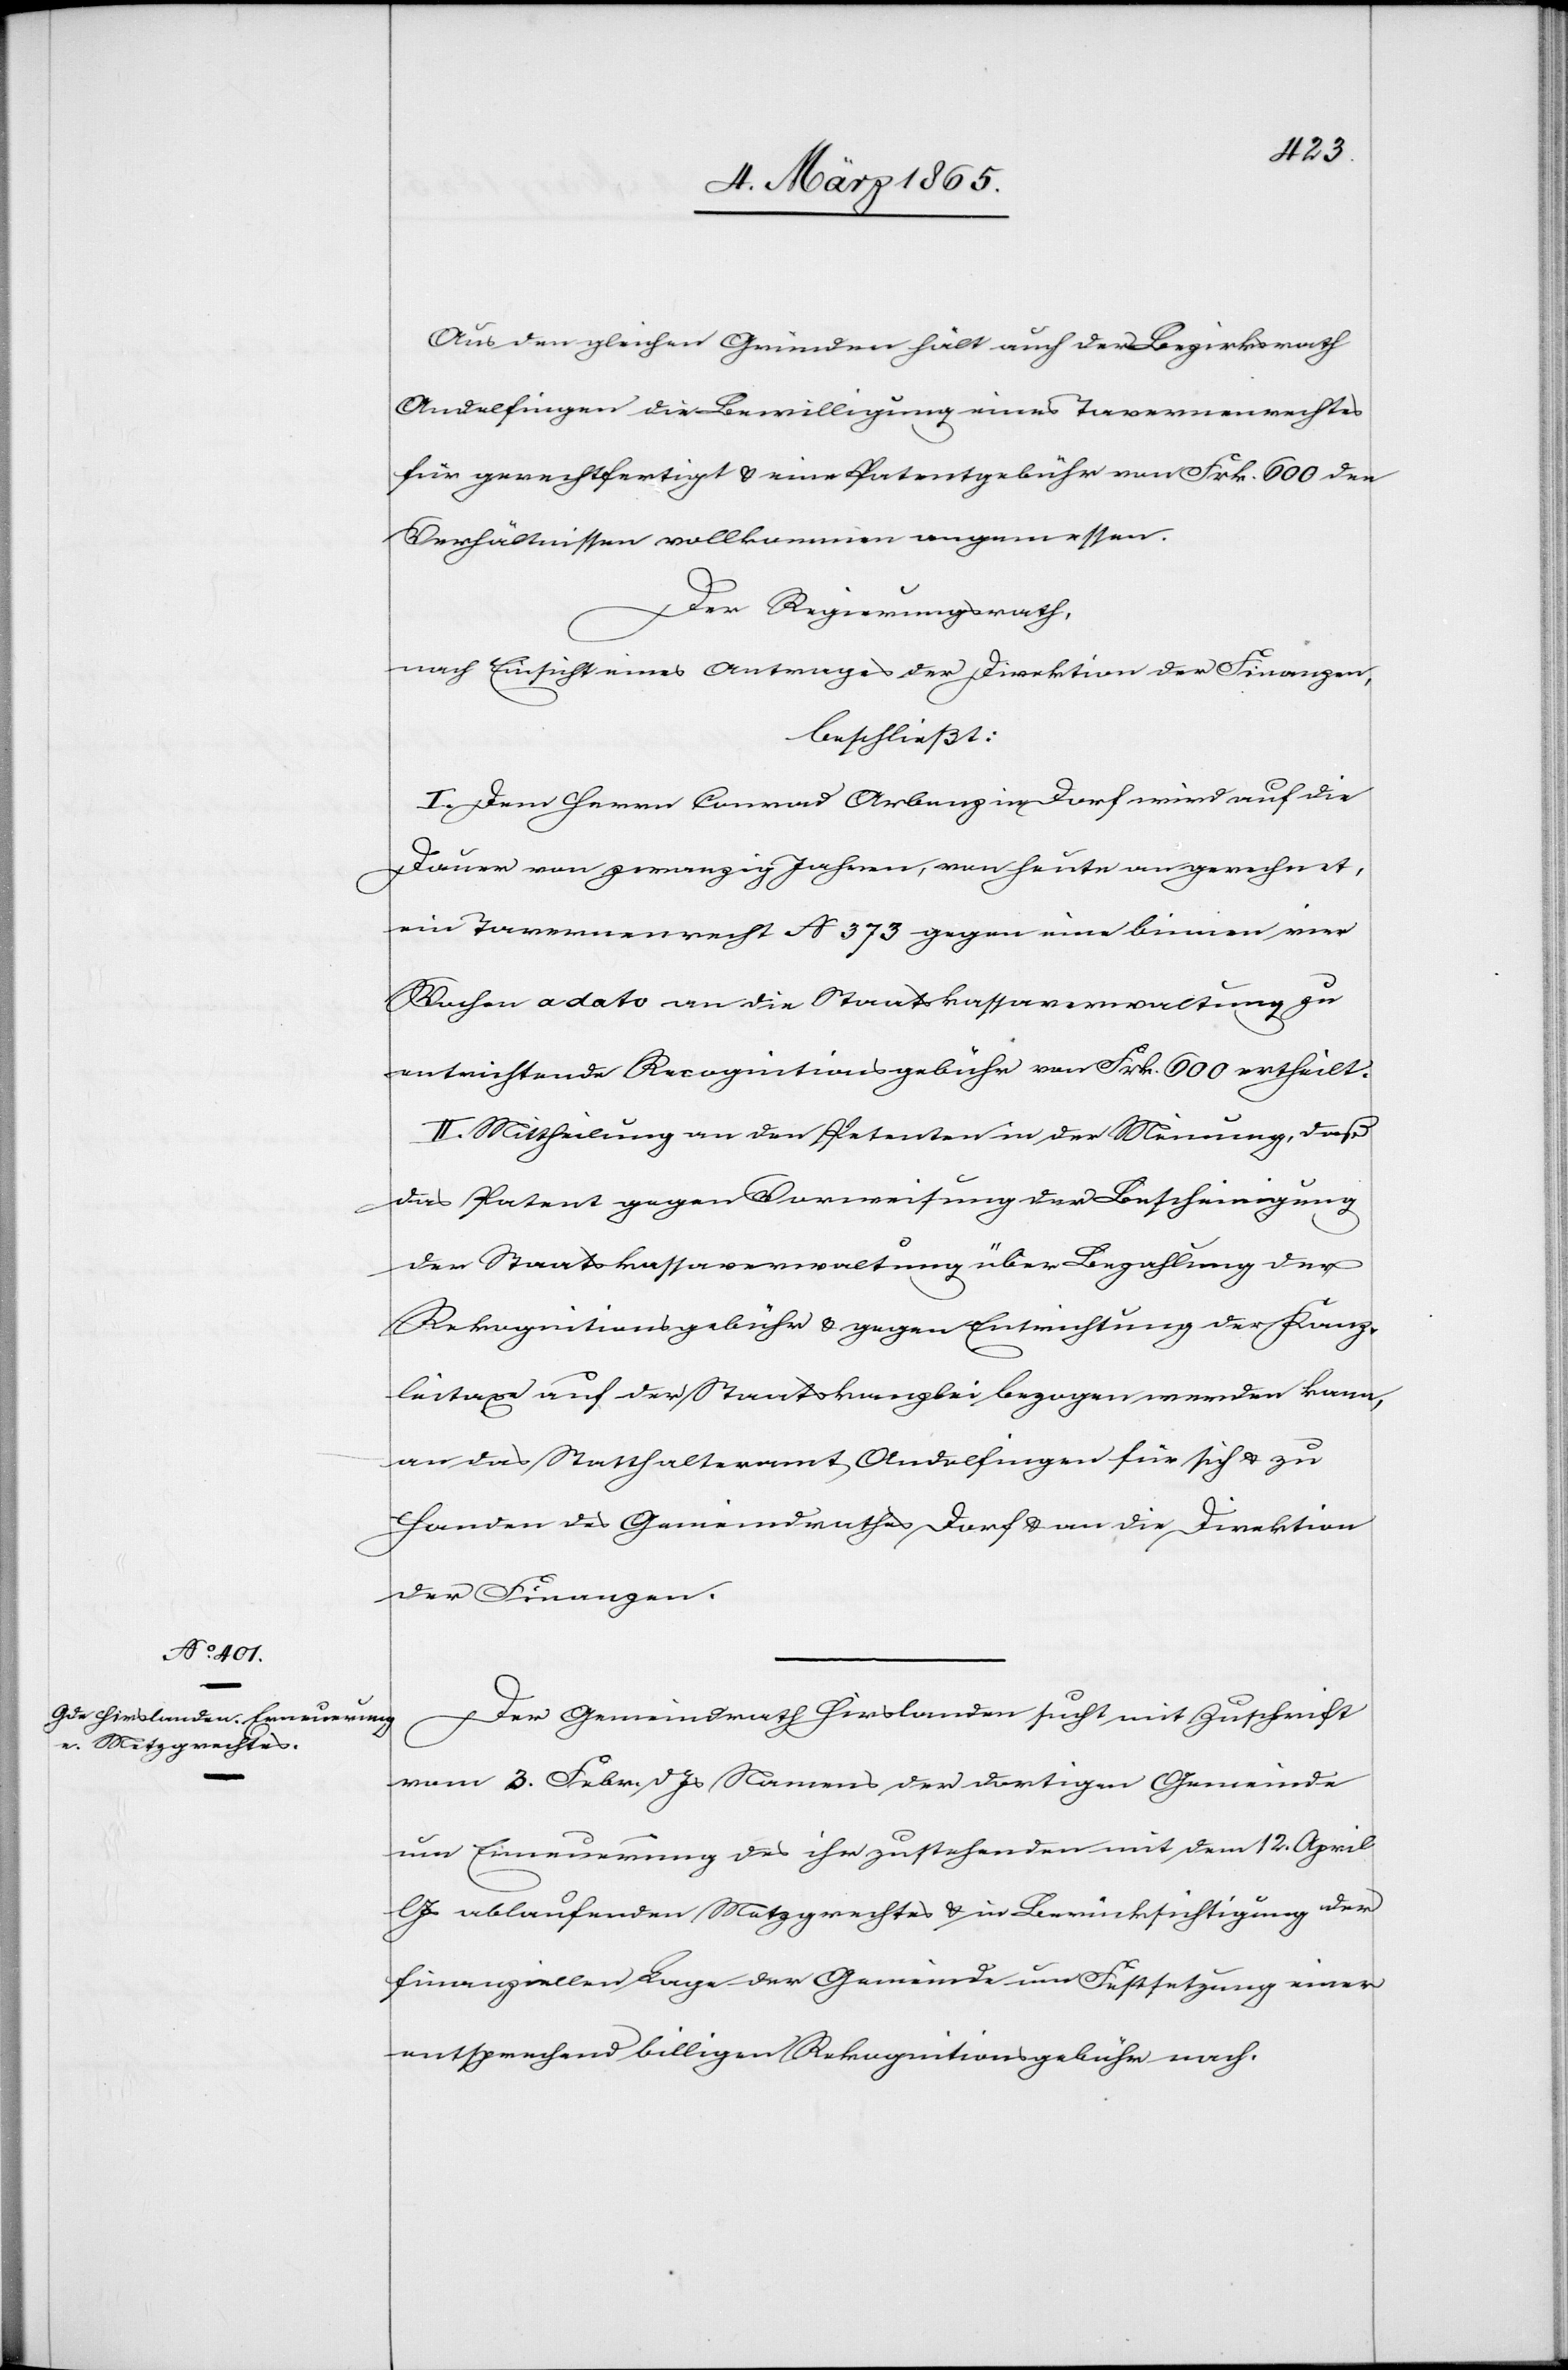
Aus den gleichen Gründen hält auch der Bezirksrath
Andelfingen die Bewilligung eines Tavernenrechtes
für gerechtfertigt u. eine Patentgebühr von Frk. 600 den
Verhältnissen vollkommen angemessen.
Der Regierungsrath,
nach Einsicht eines Antrages der Direktion der Finanzen,
beschließt:
I. Dem Herrn Conrad Arbenz in Dorf wird auf die
Dauer von zwanzig Jahren, von heute an gerechnet,
ein Tavernenrecht No 373 gegen eine binnen vier
Wochen a dato an die Staatskassaverwaltung zu
entrichtende Recognitionsgebühr von Frk. 600 ertheilt.
II. Mittheilung an den Petenten in der Meinung, daß
das Patent gegen Vorweisung der Bescheinigung
der Staatskassaverwaltung über Bezahlung der
Rekognitionsgebühr u. gegen Entrichtung der Kanz¬
leitaxe auf der Staatskanzlei bezogen werden kann,
an das Statthalteramt Andelfingen für sich u. zu
Handen des Gemeindrathes Dorf u. an die Direktion
der Finanzen.
Der Gemeindrath Hirslanden sucht mit Zuschrift
vom 3. Febr. d Js Namens der dortigen Gemeinde
um Erneuerung des ihr zustehenden mit dem 12. April
Js ablaufenden Metzgrechtes u. in Berücksichtigung der
finanziellen Lage der Gemeinde um Festsetzung einer
entsprechend billigen Rekognitionsgebühr nach.